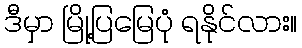
ဒီမှာ မြို့ပြမြေပုံ ရနိုင်လား။